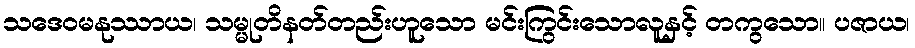
သဒေဝမနုဿာယ၊ သမ္မုတိနတ်တည်းဟူသော မင်းကြွင်းသောလူနှင့် တကွသော။ ပဇာယ၊